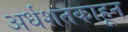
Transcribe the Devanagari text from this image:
अर्धशतकाहून